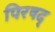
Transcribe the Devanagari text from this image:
पिरषद्